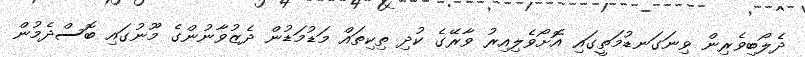
ދެލޯބިވެރިން ވިނަގަނޑުމަތީގައި އޮށޯވެލިއިރު ވާރޭގެ ކުދި ތިކިތައް މަޑުމަޑުން ދެޒުވާނުންގެ މޫނުގައި ބޮސްދެމުން